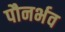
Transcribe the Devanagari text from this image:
पौनर्भव